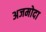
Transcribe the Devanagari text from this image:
अजमोदा